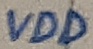
Text: VDD